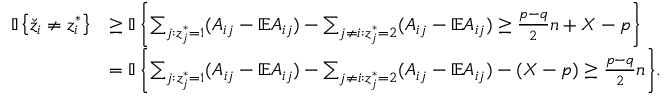
\begin{array} { r l } { { \mathbb { I } \left\{ { \check { z } _ { i } \neq z _ { i } ^ { * } } \right\} } } & { \geq { \mathbb { I } \left\{ { \sum _ { j : z _ { j } ^ { * } = 1 } ( A _ { i j } - \mathbb { E } A _ { i j } ) - \sum _ { j \neq i : z _ { j } ^ { * } = 2 } ( A _ { i j } - \mathbb { E } A _ { i j } ) \geq \frac { p - q } { 2 } n + X - p } \right\} } } \\ & { = { \mathbb { I } \left\{ { \sum _ { j : z _ { j } ^ { * } = 1 } ( A _ { i j } - \mathbb { E } A _ { i j } ) - \sum _ { j \neq i : z _ { j } ^ { * } = 2 } ( A _ { i j } - \mathbb { E } A _ { i j } ) - ( X - p ) \geq \frac { p - q } { 2 } n } \right\} } . } \end{array}